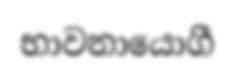
භාවනායොගී